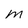
Character: M